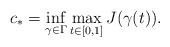
LaTeX: \begin{align*} c_*=\inf_{\gamma\in \Gamma}\max_{t\in[0,1]}J(\gamma(t)). \end{align*}